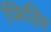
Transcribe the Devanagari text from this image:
फिदिम